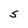
Character: S